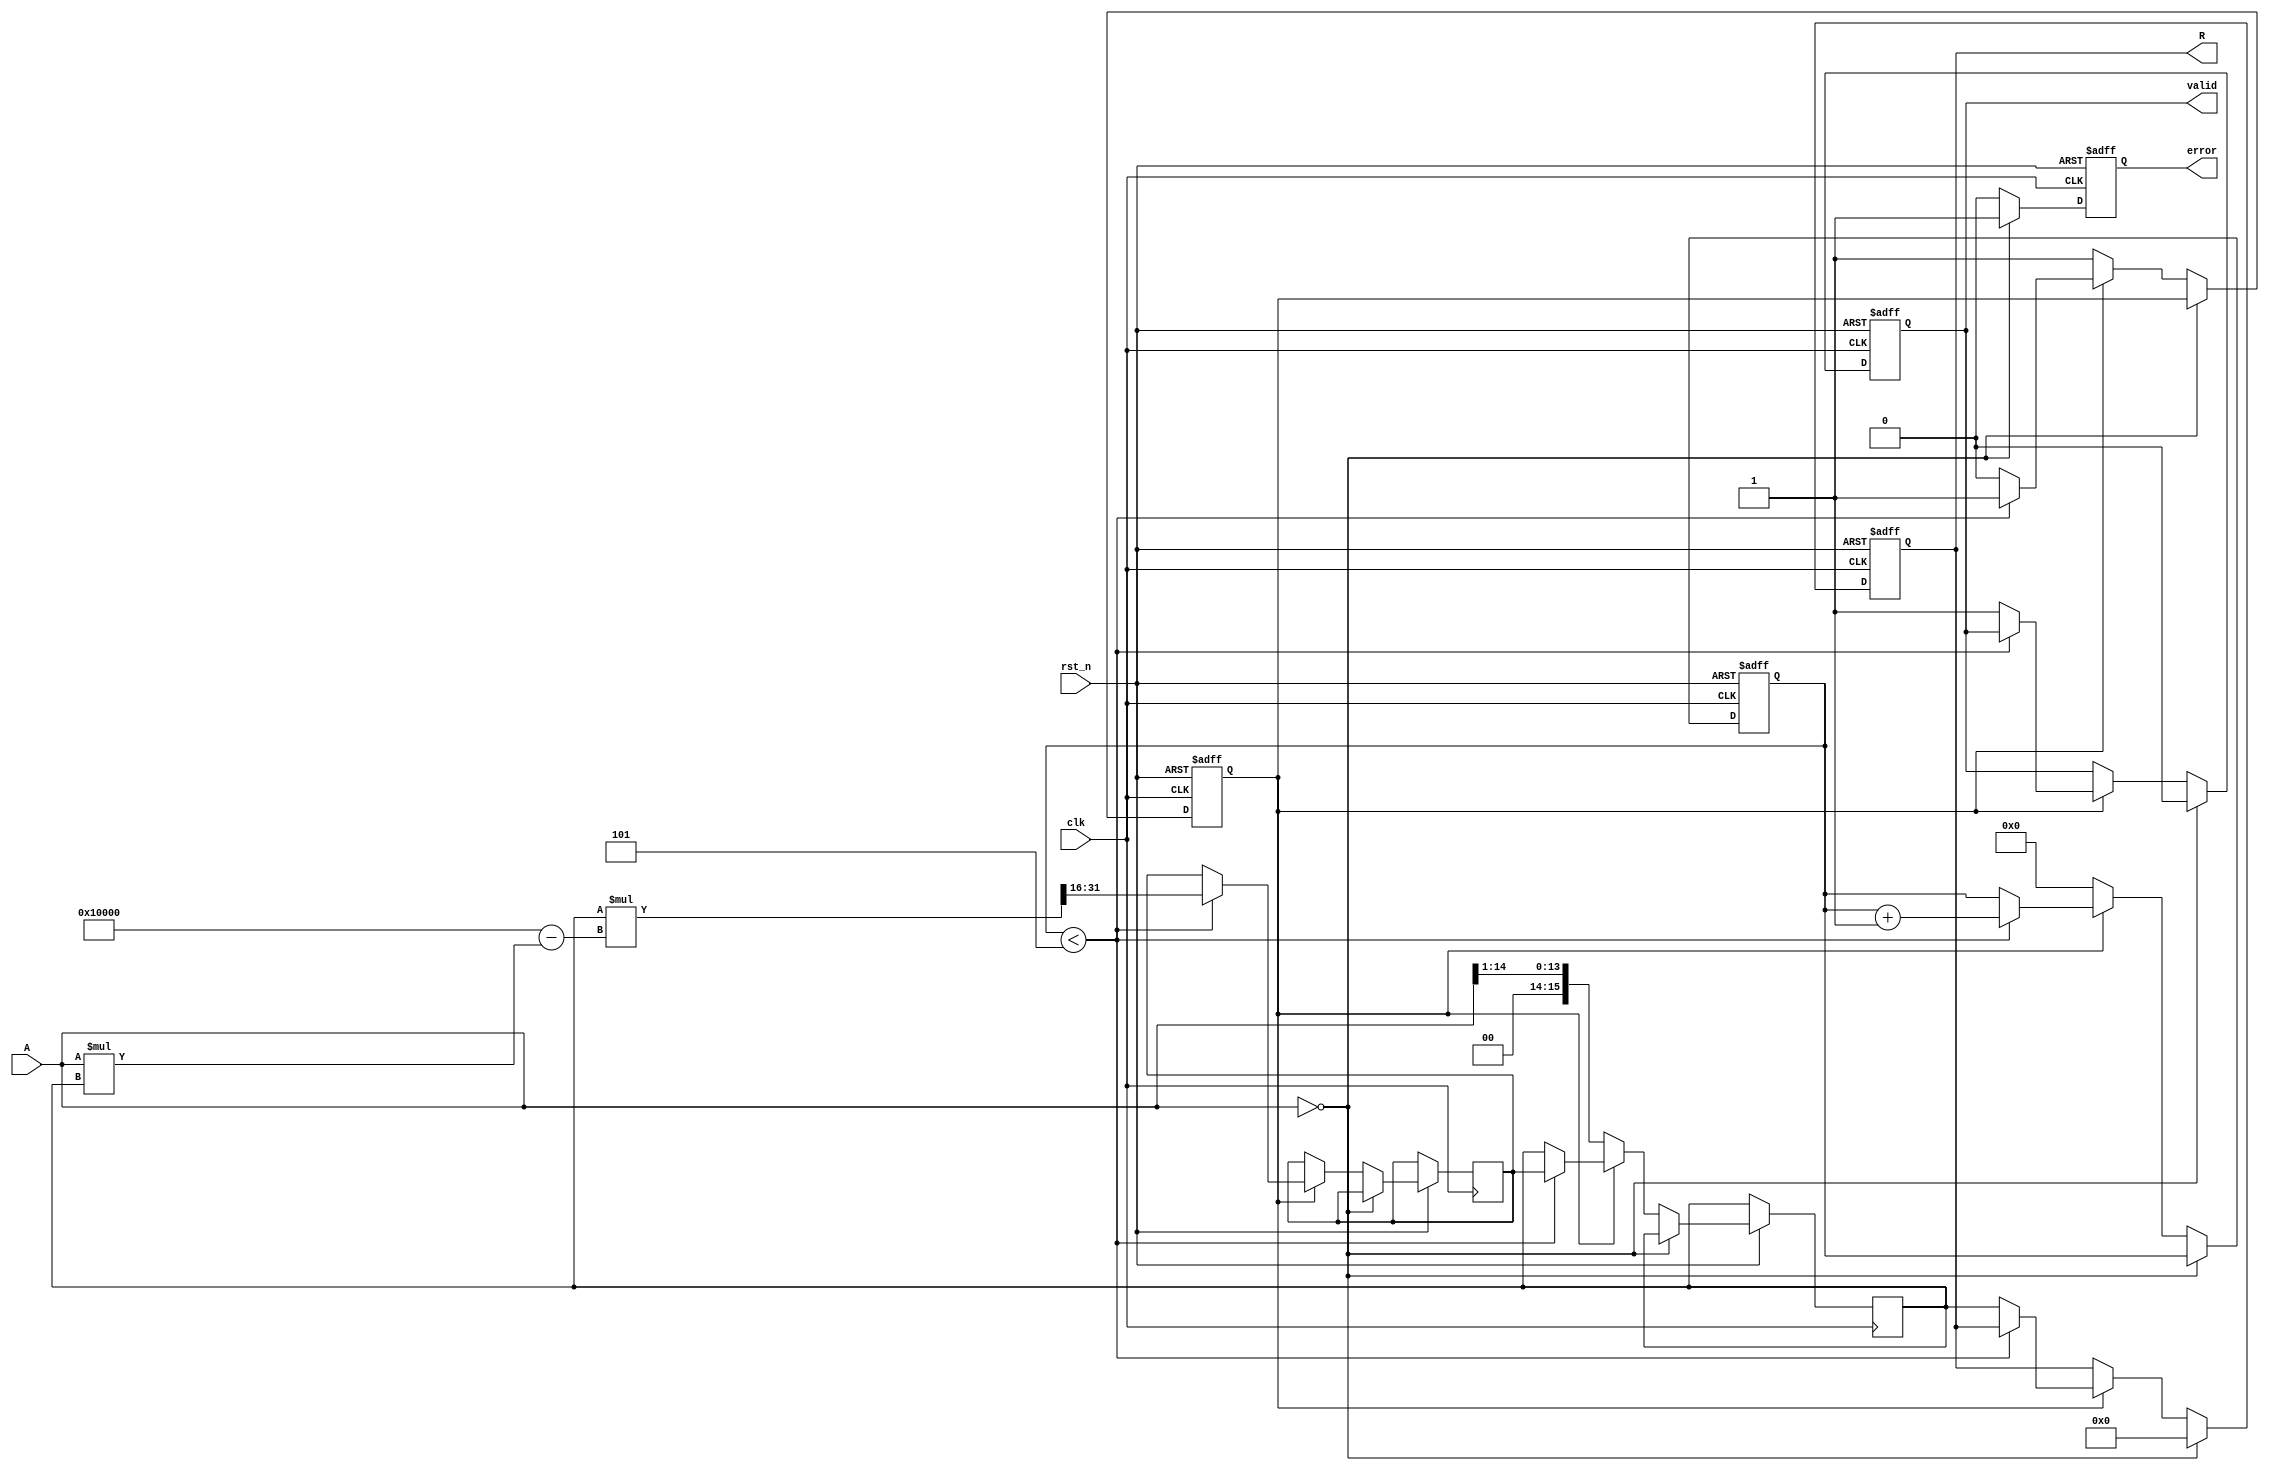
module binary_fractional_reciprocal #(
    parameter BIT_WIDTH = 16, // Bit-width for input and output
    parameter ITERATIONS = 5   // Number of iterations for Newton-Raphson
)(
    input wire clk,            // Clock signal
    input wire rst_n,          // Active low reset
    input wire [BIT_WIDTH-1:0] A, // Input data (0 < A < 1)
    output reg [BIT_WIDTH-1:0] R, // Output data (reciprocal of A)
    output reg valid,          // Output valid signal
    output reg error           // Error signal for division by zero
);

    reg [BIT_WIDTH-1:0] x; // Current approximation of the reciprocal
    reg [BIT_WIDTH-1:0] x_next; // Next approximation
    reg [3:0] count; // Iteration counter
    reg start; // Start signal for computation

    // State machine for control
    always @(posedge clk or negedge rst_n) begin
        if (!rst_n) begin
            valid <= 0;
            error <= 0;
            count <= 0;
            start <= 0;
            R <= 0;
        end else begin
            if (A == 0) begin
                error <= 1; // Handle division by zero
                valid <= 0;
                R <= 0;
            end else begin
                error <= 0; // No error
                if (!start) begin
                    x <= {1'b0, A[BIT_WIDTH-2:1]}; // Initial guess: 1/2 of A
                    count <= 0;
                    start <= 1;
                end else if (count < ITERATIONS) begin
                    // Newton-Raphson iteration: x_next = x * (2 - A * x)
                    x_next <= x * (2**BIT_WIDTH - A * x) >> BIT_WIDTH; // Fixed-point multiplication
                    x <= x_next;
                    count <= count + 1;
                end else begin
                    R <= x; // Final result
                    valid <= 1; // Output is valid
                    start <= 0; // Reset start for next computation
                end
            end
        end
    end

endmodule